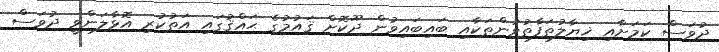
ދުވަސް ކަމަށާއި ޚިޔާލުތަފާތުވުންތަކާއި ބައިބައިވުން ދޫކޮށް ޤައުމުގެ ޙައްޤުގައި އަތުކުރި އޮޅާލަންވީ ދުވަސް